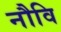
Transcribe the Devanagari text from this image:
नौवि